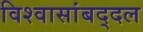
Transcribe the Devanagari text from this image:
विश्वासांबद्दल